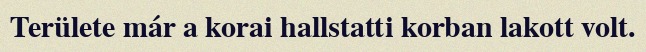
Területe már a korai hallstatti korban lakott volt.